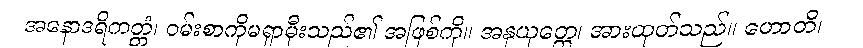
အနောဒရိကတ္တံ၊ ဝမ်းစာကိုမရှာမှီးသည်၏ အဖြစ်ကို။ အနုယုတ္တေ၊ အားထုတ်သည်။ ဟောတိ၊